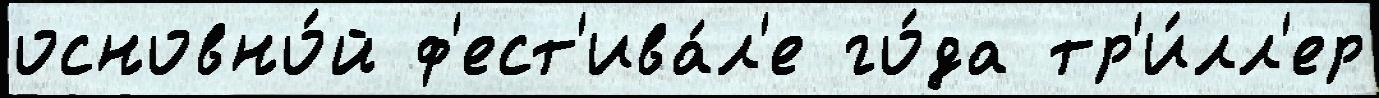
основно́й ф'ест'ива́л'е го́да тр'и́лл'ер